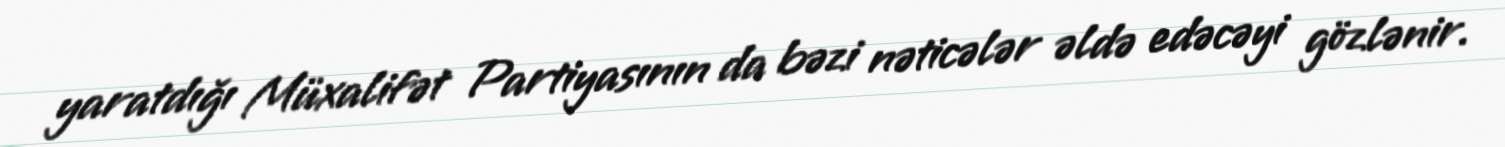
yaratdığı Müxalifət Partiyasının da bəzi nəticələr əldə edəcəyi gözlənir.